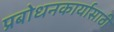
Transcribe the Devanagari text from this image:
प्रबोधनकार्यासाठी